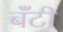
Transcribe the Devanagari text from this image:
बॅंटी